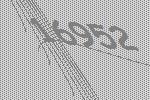
16952